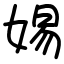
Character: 㛫